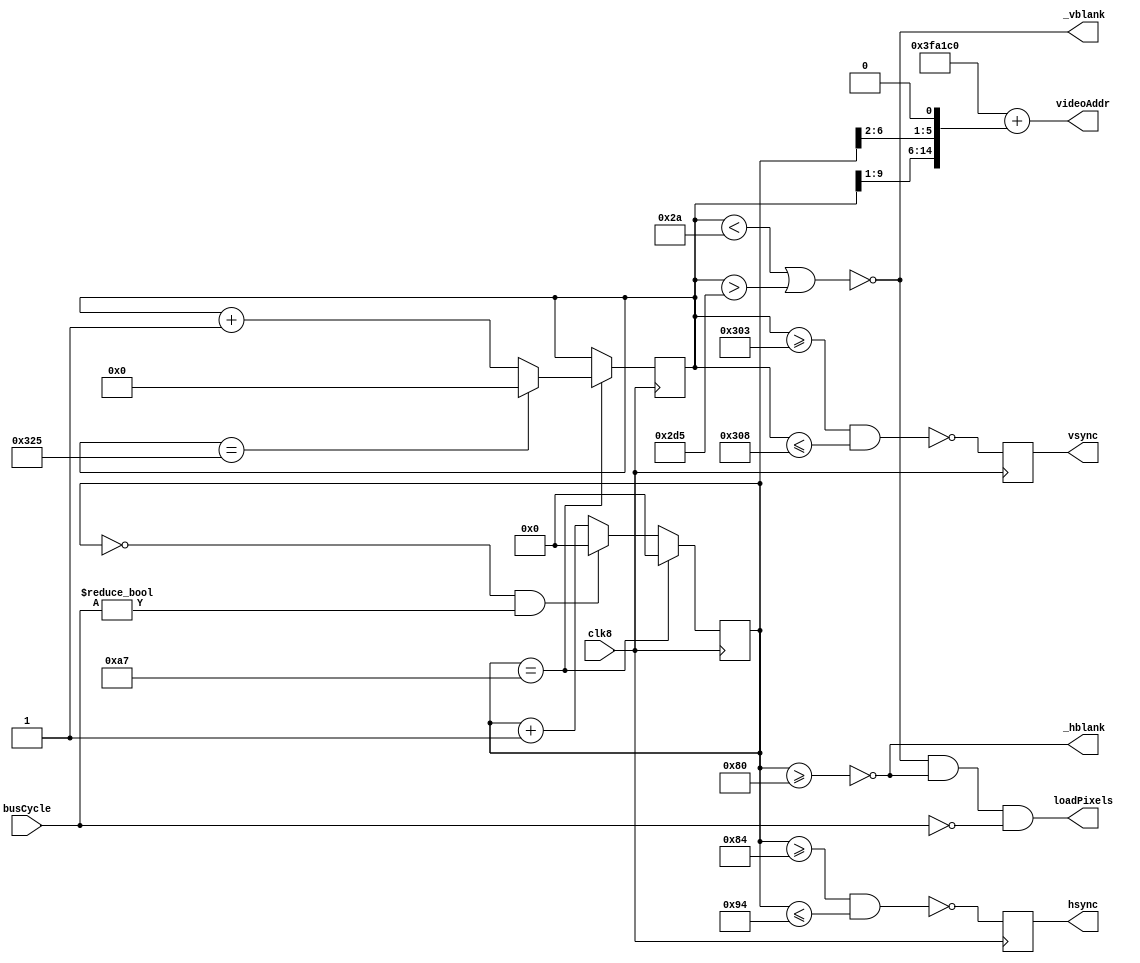
// generates 1024x768 (actually 512x768) @ 60Hz, from a 32.5MHz input clock
module videoTimer(
    input clk8,
	 input [1:0] busCycle,
	 output [21:0] videoAddr,	 
	 output reg hsync,
	 output reg vsync,
	 output _hblank,
	 output _vblank,
	 output loadPixels
);

	// timing data from http://tinyvga.com/vga-timing/1024x768@60Hz
	localparam 	kVisibleWidth = 128, // (1024/2)/4
					kTotalWidth = 168, // (1344/2)/4
					kVisibleHeightStart = 42,
					kVisibleHeightEnd = 725,
					kTotalHeight = 806,
					kHsyncStart = 131, // (1048/2)/4
					kHsyncEnd = 147, // (1184/2)/4-1
					kVsyncStart = 771,
					kVsyncEnd = 776,
					kPixelLatency = 1; // number of clk8 cycles from xpos==0 to when pixel data actually exits the video shift register

	// use screen buffer address for a 4MB RAM layout-- it will wrap
	// around to the proper address for 1MB, 512K, and 128K layouts
	localparam kScreenBufferBase = 22'h3FA700;
	
	reg [7:0] xpos;
	reg [9:0] ypos;

	wire endline = (xpos == kTotalWidth-1);

	always @(posedge clk8) begin
		if (endline)
			xpos <= 0;
		else if (xpos == 0 && busCycle != 0)
			// hold xpos at 0, until xpos and busCycle are in phase
			xpos <= 0;
		else
			xpos <= xpos + 1'b1;
	end

	always @(posedge clk8) begin
		if (endline) begin
			if (ypos == kTotalHeight-1)
				ypos <= 0;
			else
				ypos <= ypos + 1'b1;	
		end
	end

	always @(posedge clk8) begin
		hsync <= ~(xpos >= kHsyncStart+kPixelLatency && xpos <= kHsyncEnd+kPixelLatency);  
		vsync <= ~(ypos >= kVsyncStart && ypos <= kVsyncEnd);
	end

	assign _hblank = ~(xpos >= kVisibleWidth);
	assign _vblank = ~(ypos < kVisibleHeightStart || ypos > kVisibleHeightEnd);
	
	// The 0,0 address actually starts below kScreenBufferBase, because the Mac screen buffer is
	// not displayed beginning at 0,0, but at 0,kVisibleHeightStart.
	// kVisibleHeightStart divided by 2 to account for vertical pixel doubling.
	// kVisibleWidth divided by 2 because it's the 8MHz visible width times 4 to get actual number of pixels, 
	// 	then divided by 8 bits per byte	
	assign videoAddr = kScreenBufferBase -
							 (kVisibleHeightStart/2 * kVisibleWidth/2) +
							 { ypos[9:1], xpos[6:2], 1'b0 };
	
	assign loadPixels = _vblank == 1'b1 && _hblank == 1'b1 && busCycle == 2'b00;
	
endmodule